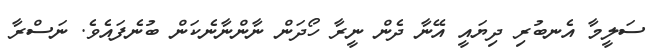
ސަލީމާ އެނބުރި ދިޔައީ އޭނާ ދެން ނީރާ ހޯދަން ނާންނާނެކަން ބުނެފައެވެ. ނަސްރާ